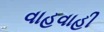
વાહવાહી